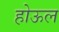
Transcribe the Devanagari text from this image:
होऊल